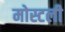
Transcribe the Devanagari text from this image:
मोस्टली